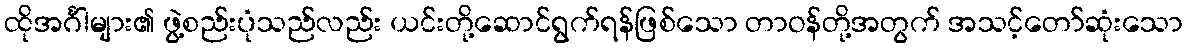
ထိုအင်္ဂါများ၏ ဖွဲ့စည်းပုံသည်လည်း ယင်းတို့ဆောင်ရွက်ရန်ဖြစ်သော တာဝန်တို့အတွက် အသင့်တော်ဆုံးသော